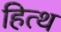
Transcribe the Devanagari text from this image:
हित्थ